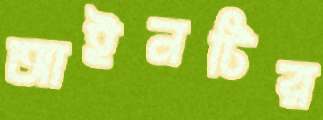
আইনটির